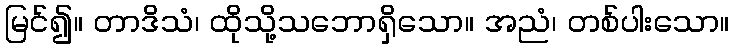
မြင်၍။ တာဒိသံ၊ ထိုသို့သဘောရှိသော။ အညံ၊ တစ်ပါးသော။